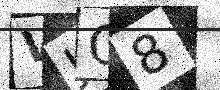
Text: VJO8